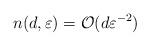
LaTeX: \begin{align*} n(d,\varepsilon)=\mathcal{O}(d\varepsilon^{-2})\end{align*}